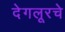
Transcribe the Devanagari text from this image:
देगलूरचे